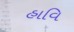
હાવિ